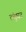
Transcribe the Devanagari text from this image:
तंतुघट